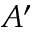
A ^ { \prime }